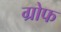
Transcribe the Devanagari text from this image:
ग्रोफ